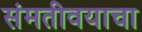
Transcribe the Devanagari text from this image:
संमतीवयाचा